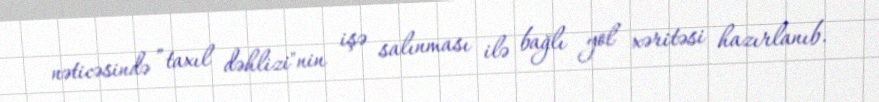
nəticəsində ”taxıl dəhlizi"nin işə salınması ilə bağlı yol xəritəsi hazırlanıb.